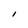
Character: I